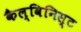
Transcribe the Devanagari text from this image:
कैल्विनिस्ट